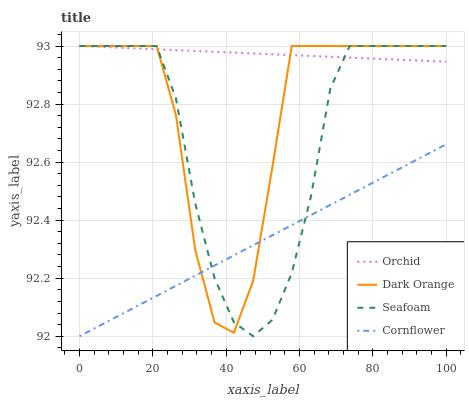
| xaxis_label | Orchid | Dark Orange | Seafoam | Cornflower |
 | --- | --- | --- | --- | --- |
 | 0 | 93 | 93 | 93 | 92 |
 | 5.26 | 93 | 93 | 93 | 92 |
 | 10.5 | 93 | 93 | 93 | 92.1 |
 | 15.8 | 93 | 93 | 93 | 92.1 |
 | 21.1 | 93 | 93 | 93 | 92.1 |
 | 26.3 | 93 | 92.8 | 92.8 | 92.2 |
 | 31.6 | 93 | 92.3 | 92.5 | 92.2 |
 | 36.8 | 93 | 92 | 92.2 | 92.2 |
 | 42.1 | 93 | 92 | 92 | 92.3 |
 | 47.4 | 93 | 92.2 | 92 | 92.3 |
 | 52.6 | 93 | 92.6 | 92.1 | 92.3 |
 | 57.9 | 93 | 93 | 92.2 | 92.4 |
 | 63.2 | 93 | 93 | 92.5 | 92.4 |
 | 68.4 | 93 | 93 | 92.9 | 92.5 |
 | 73.7 | 93 | 93 | 93 | 92.5 |
 | 78.9 | 93 | 93 | 93 | 92.5 |
 | 84.2 | 93 | 93 | 93 | 92.6 |
 | 89.5 | 93 | 93 | 93 | 92.6 |
 | 94.7 | 92.9 | 93 | 93 | 92.6 |
 | 100 | 92.9 | 93 | 93 | 92.7 |